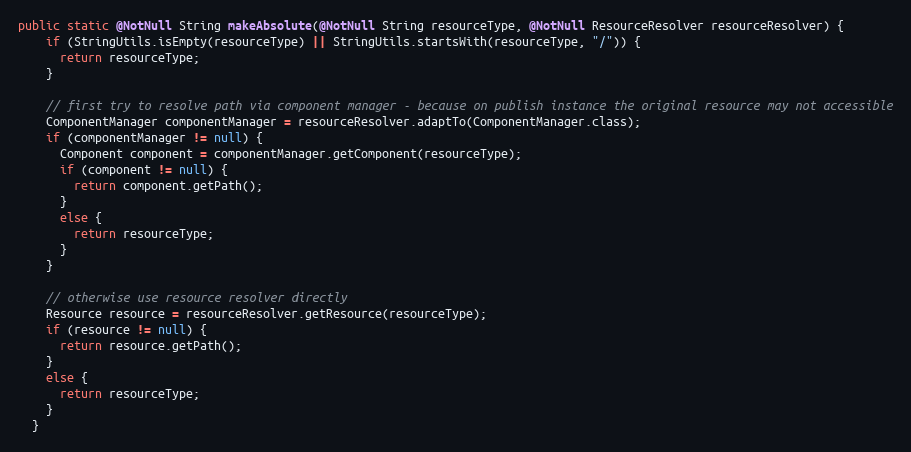
Language: Java
public static @NotNull String makeAbsolute(@NotNull String resourceType, @NotNull ResourceResolver resourceResolver) {
    if (StringUtils.isEmpty(resourceType) || StringUtils.startsWith(resourceType, "/")) {
      return resourceType;
    }

    // first try to resolve path via component manager - because on publish instance the original resource may not accessible
    ComponentManager componentManager = resourceResolver.adaptTo(ComponentManager.class);
    if (componentManager != null) {
      Component component = componentManager.getComponent(resourceType);
      if (component != null) {
        return component.getPath();
      }
      else {
        return resourceType;
      }
    }

    // otherwise use resource resolver directly
    Resource resource = resourceResolver.getResource(resourceType);
    if (resource != null) {
      return resource.getPath();
    }
    else {
      return resourceType;
    }
  }